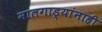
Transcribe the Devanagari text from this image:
मालगाड्यांनाही